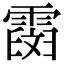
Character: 𩅒